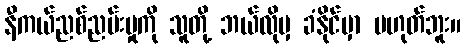
နီကယ်ညစ်ညမ်းမှုကို သူတို့ ဘယ်လိုမှ ခံနိုင်မှာ မဟုတ်ဘူး။